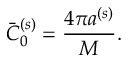
\bar { C } _ { 0 } ^ { ( s ) } = \frac { 4 \pi a ^ { ( s ) } } { M } .